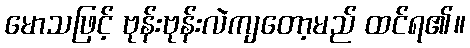
မောသဖြင့် ဗုန်းဗုန်းလဲကျတော့မည် ထင်ရ၏။